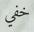
خفي